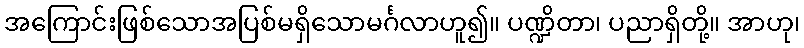
အကြောင်းဖြစ်သောအပြစ်မရှိသောမင်္ဂလာဟူ၍။ ပဏ္ဍိတာ၊ ပညာရှိတို့။ အာဟု၊